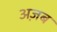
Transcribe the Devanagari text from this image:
अज़ब